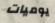
يوميات